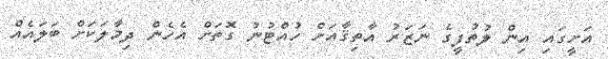
އަށީގައި އިން ލުތުފީގެ ނަޒަރު އާތިޤާއަށް ހުއްޓުނު ގޮތަށް އެހެން ދިމާލަކަށް ބަލައެއް